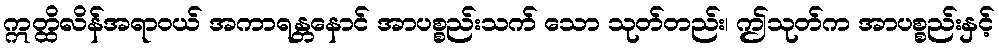
ဣတ္ထိလိန်အရာဝယ် အကာရန္တနောင် အာပစ္စည်းသက် သော သုတ်တည်း၊ ဤသုတ်က အာပစ္စည်းနှင့်